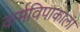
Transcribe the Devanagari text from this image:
कर्मविपाकाला